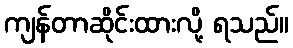
ကျန်တာဆိုင်းထားလို့ ရသည်။